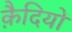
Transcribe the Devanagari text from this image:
कै़दियों